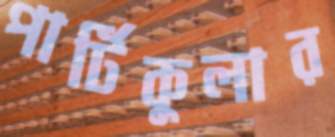
পার্টিকুলার